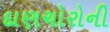
દાણચોરોની